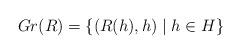
LaTeX: \begin{align*}Gr(R)=\{(R(h), h) \mid h \in H \}\end{align*}